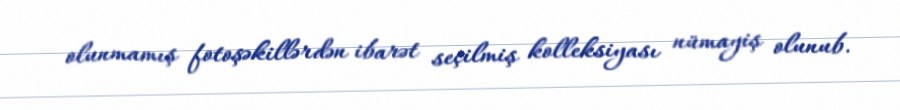
olunmamış fotoşəkillərdən ibarət seçilmiş kolleksiyası nümayiş olunub.